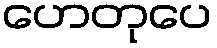
ဟေတုပေ